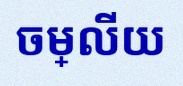
ចម្លើយ